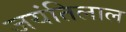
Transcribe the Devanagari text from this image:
जयंतिलाल